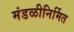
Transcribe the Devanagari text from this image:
मंडळीनिर्मित